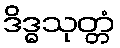
ဒိဒ္ဓသုတ္တံ